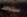
سيتوقف